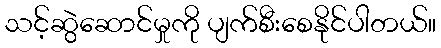
သင့်ဆွဲဆောင်မှုကို ပျက်စီးစေနိုင်ပါတယ်။